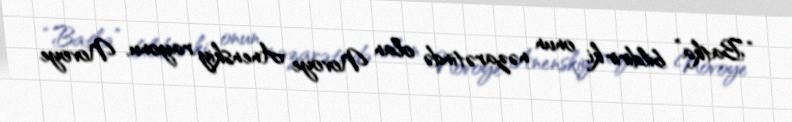
“Batka” bildirir ki, onun nəzarətində olan Novoye Anenskiy rayonu, Novoye